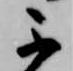
不